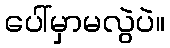
ပေါ်မှာမလွဲပဲ။